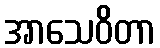
အာသေဝိတာ